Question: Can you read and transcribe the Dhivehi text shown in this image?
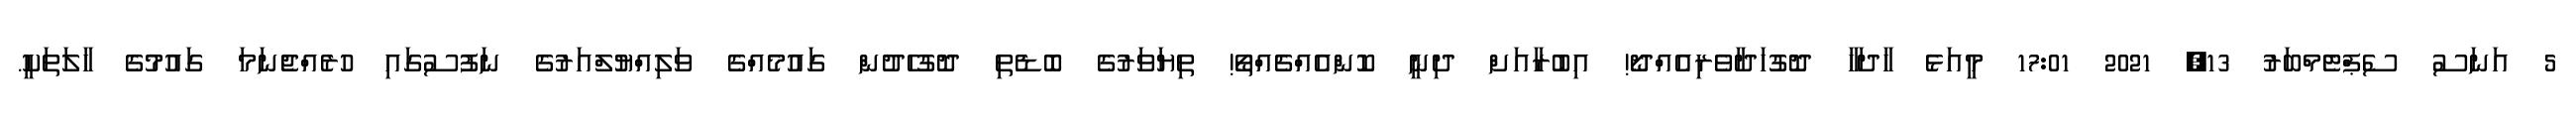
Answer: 5 އަނަސު ސެޕްޓެމްބަރު 13, 2021 17:01 މީއަޅެ ހާދަހާ ދޮގުހަދާވެރިއެއްދޯ! އިބުރާއަށް ދިނީ ކޮންއެއްޗެއްތޯ! ތިޔަވަރުގެ ބޮޑެތި ދޮގުހެދުން ގައުމެއްގެ ވަލިއްޔުލްއަރުގެ ނަފުސުގައި ހުރެއްޖެނަމަ ގައުމުގެ ހާލަތަކީ.